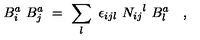
{ B } _ { i } ^ { a } \ { B } _ { j } ^ { a } \ = \ \sum _ { l } \ \epsilon _ { i j l } \ { N _ { i j } } ^ { l } \ { B } _ { l } ^ { a } \quad ,